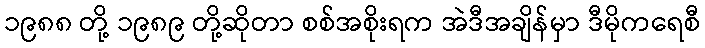
၁၉၈၈ တို့ ၁၉၈၉ တို့ဆိုတာ စစ်အစိုးရက အဲဒီအချိန်မှာ ဒီမိုကရေစီ